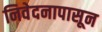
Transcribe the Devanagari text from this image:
निवेदनापासून